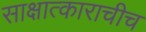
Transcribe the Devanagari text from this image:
साक्षात्काराचीच